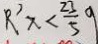
R ^ { \prime } x < \frac { 2 3 } { 5 } g